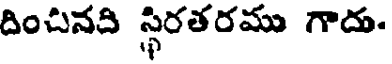
దించినది స్థిరతరము గాదు.